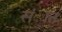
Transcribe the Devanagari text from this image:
संात